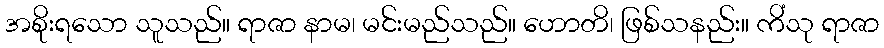
အစိုးရသော သူသည်။ ရာဇာ နာမ၊ မင်းမည်သည်။ ဟောတိ၊ ဖြစ်သနည်း။ ကိံသု ရာဇာ